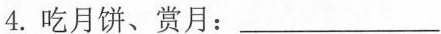
4. 吃月饼、赏月：___